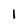
Character: 1